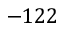
- 1 2 2